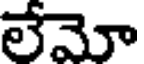
లేమో